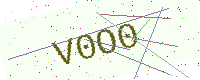
Text: V0O0